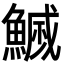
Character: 𮬇